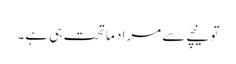
تو نیچے سے مراد ماتحت ہی ہے۔